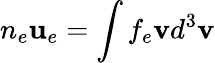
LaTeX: n_{e}\mathbf{u}_{e}=\int f_{e}\mathbf{v}d^{3}\mathbf{v}